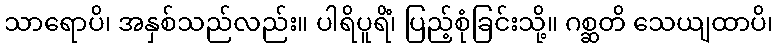
သာရောပိ၊ အနှစ်သည်လည်း။ ပါရိပူရိံ၊ ပြည့်စုံခြင်းသို့။ ဂစ္ဆတိ သေယျထာပိ၊